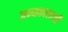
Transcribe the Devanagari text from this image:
जन्मकालाची